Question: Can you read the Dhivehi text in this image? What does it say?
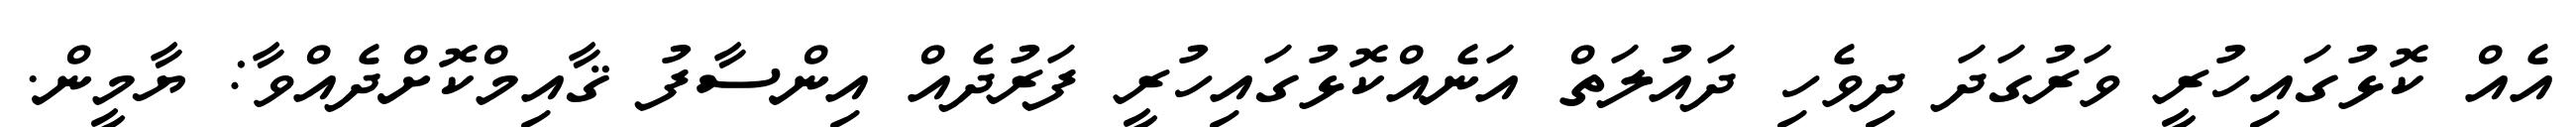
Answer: އެއް ކޮޅުގައިހުރީ ވަރުގަދަ ދިވެހި ދައުލަތް އަނެއްކޮޅުގައިހުރީ ފަރުދެއް އިންސާފު ޤާއިމްކޮށްދެއްވާ: ޔާމީން.